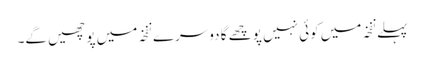
پہلے نفخہ میں کوئی نہیں پوچھے گا دوسرے نفخہ میں پوچھیں گے۔